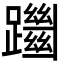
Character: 躖